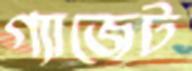
গ্যাজেট